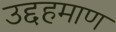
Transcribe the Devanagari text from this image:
उद्दहमाण